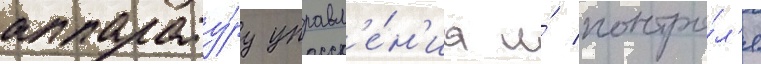
аппарату́ру управл'е́н'иа и́ контро́л'я